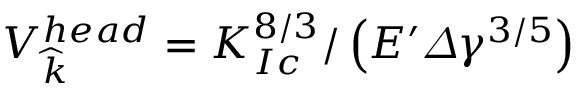
V _ { \widehat { k } } ^ { h e a d } = K _ { I c } ^ { 8 / 3 } / \left( E ^ { \prime } \varDelta \gamma ^ { 3 / 5 } \right)